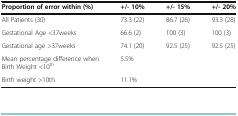
<table><thead><tr><td><b>Proportion of error within (%)</b></td><td><b>+/- 10%</b></td><td><b>+/- 15%</b></td><td><b>+/- 20%</b></td></tr></thead><tbody><tr><td>All Patients (30)</td><td>73.3 (22)</td><td>86.7 (26)</td><td>93.3 (28)</td></tr><tr><td>Gestational Age &lt;37weeks</td><td>66.6 (2)</td><td>100 (3)</td><td>100 (3)</td></tr><tr><td>Gestational age &gt;37weeks</td><td>74.1 (20)</td><td>92.5 (25)</td><td>92.5 (25)</td></tr><tr><td>Mean percentage difference when Birth Weight &lt;10<sup>th</sup></td><td colspan="3">5.5%</td></tr><tr><td>Birth weight &gt;10th</td><td colspan="3">11.1%</td></tr></tbody></table>